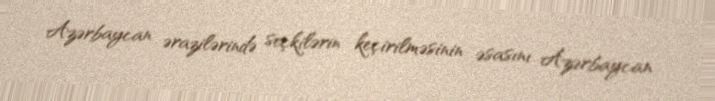
Azərbaycan ərazilərində seçkilərin keçirilməsinin əsasını Azərbaycan